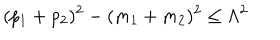
( p _ { 1 } + p _ { 2 } ) ^ { 2 } - ( m _ { 1 } + m _ { 2 } ) ^ { 2 } \le \Lambda ^ { 2 } \,